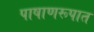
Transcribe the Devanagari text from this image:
पाषाणरूपात